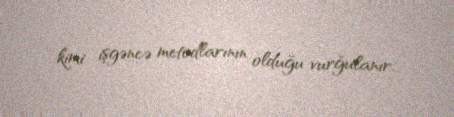
kimi işgəncə metodlarının olduğu vurğulanır.